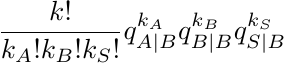
\begin{equation*}
    \frac{k!}{k_A! k_B! k_S!} q_{A|B}^{k_A} q_{B|B}^{k_B} q_{S|B}^{k_S}
\end{equation*}